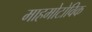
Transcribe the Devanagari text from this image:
माहमोटोविक